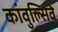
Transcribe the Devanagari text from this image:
कांवुल्सिवे